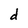
Character: d